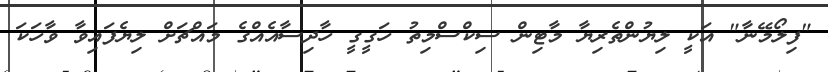
"ފިލޯމޭނާ" އަކީ ލިޔުންތެރިޔާ މާޓިން ސިކްސްމިތު ހަގީގީ ހާދިސާއެއްގެ މައްޗަށް ލިޔެފައިވާ ވާހަކަ